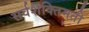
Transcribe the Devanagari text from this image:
सर्वशक्तिमती